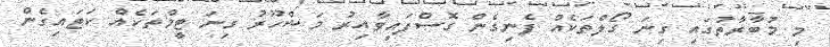
މި މުބާރާތުގައި ގިނަ ގޯލްތަކެއް ފެނިގެން ގޮސްފައިވާއިރު މަޝްހޫރު ގިނަ ޓީމްތަކެއް ކަޓައިގެން